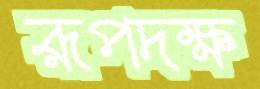
রূপদক্ষ